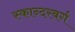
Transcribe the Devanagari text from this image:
स्कान्दरबर्ग